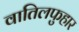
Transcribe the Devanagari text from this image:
वातिलफुहार